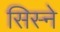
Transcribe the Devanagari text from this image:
सिस्ने